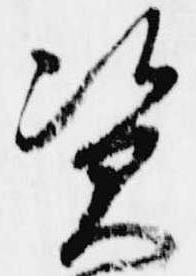
資